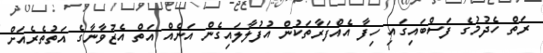
ރަތް ހެދުމުގެ ފަސްބައިގައި ހިފާ އެއްފަރާތަކުން އުފުލާލައިގެން އަނެއް އަތް އެޒުވާނާގެ އަތުތެރެއަށް